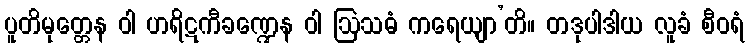
ပူတိမုတ္တေန ဝါ ဟရိဋကီခဏ္ဍေန ဝါ ဩသဓံ ကရေယျာ’တိ။ တဒုပါဒါယ လူခံ စီဝရံ